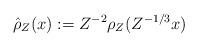
LaTeX: \begin{align*} \hat\rho_Z(x):=Z^{-2}\rho_Z(Z^{-1/3}x)\end{align*}